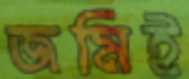
জমিই